Elephants and their diseases
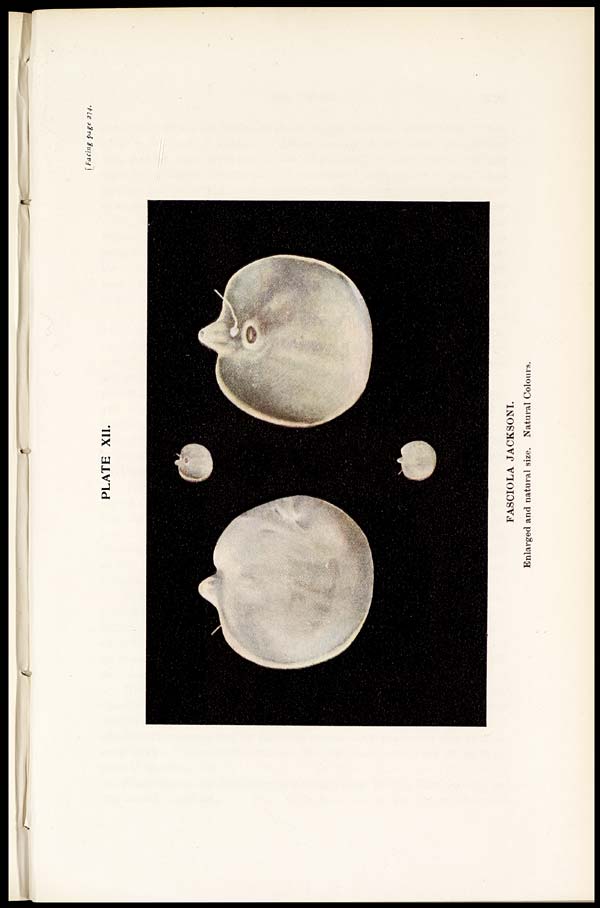
[Facing page 274.
PLATE XII.
FASCIOLA JACKSONI.
Enlarged and natural size. Natural Colours.